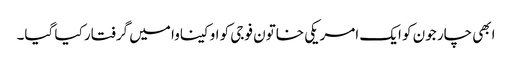
ابھی چار جون کو ایک امریکی خاتون فوجی کو اوکیناوا میں گرفتار کیا گیا۔